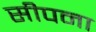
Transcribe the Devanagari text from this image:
सीपना